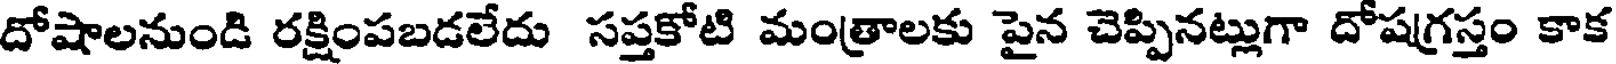
దోషాలనుండి రక్షింపబడలేదు సప్తకోటి మంత్రాలకు పైన చెప్పినట్లుగా దోషగ్రస్తం కాక